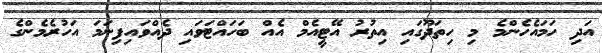
އަދި ހަމައެހެންމެ މި ހިތަދޫގައި އިތުރު އޭޓީއެމް އެއް ބަހައްޓަވައި ދެއްވައިފިނަމަ އަހުރެމެންގެ